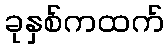
ခုနှစ်ကထက်